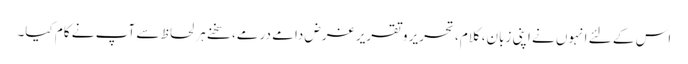
اس کے لئے انہوں نے اپنی زبان، کلام، تحریر و تقریر غرض دامے درمے، سخنے ہر لحاظ سے آپ نے کام کیا۔